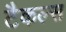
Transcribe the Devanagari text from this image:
टैकल्स